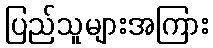
ပြည်သူများအကြား